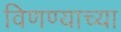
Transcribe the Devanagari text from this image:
विणण्याच्या